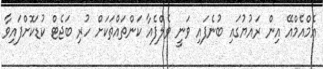
އެމްއެމްއޭ އިން ރައުޔުގައި ބުނެފައި ވަނީ ވެލްފެއާ ކަންތައްތަކަށް ހުރި ބަޖެޓް ކުޑަކޮށްފައިވާ